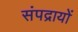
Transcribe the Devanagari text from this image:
संपद्रायों